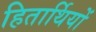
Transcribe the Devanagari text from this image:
हितार्थियों